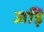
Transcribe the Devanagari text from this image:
जड़ि